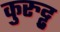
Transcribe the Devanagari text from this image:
कुरुट्टु